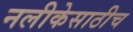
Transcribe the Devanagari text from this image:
नलीकेसाठीच